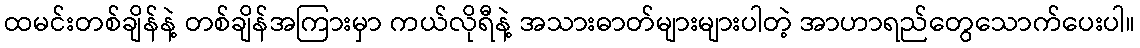
ထမင်းတစ်ချိန်နဲ့ တစ်ချိန်အကြားမှာ ကယ်လိုရီနဲ့ အသားဓာတ်များများပါတဲ့ အာဟာရည်တွေသောက်ပေးပါ။